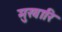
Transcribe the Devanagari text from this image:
मुखारि